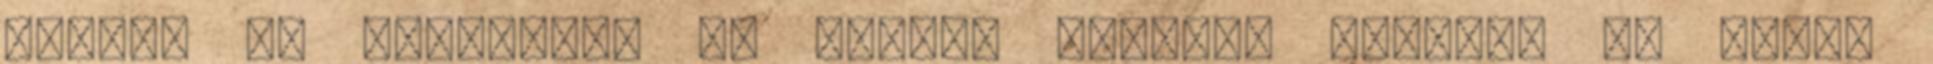
angol, de állítólag az őseink olaszok voltak. De ebben